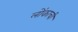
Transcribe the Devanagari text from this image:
लोंकाची